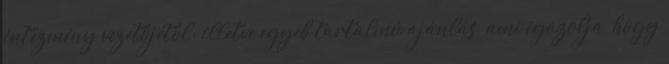
intézmény vezetőjétől; illetve egyéb tartalmú ajánlás, ami igazolja, hogy